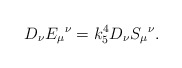
\begin{align*}D_\nu E_\mu{}^\nu = k_5^4 D_\nu S_\mu{}^\nu. \end{align*}